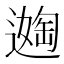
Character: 𬩈